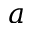
a